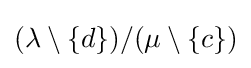
(\lambda \setminus \left\{d\right\})/(\mu \setminus \left\{c\right\})